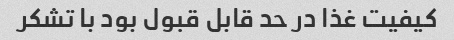
کیفیت غذا در حد قابل قبول بود با تشکر